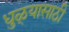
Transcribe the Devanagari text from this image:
धुळ्यासाठी